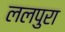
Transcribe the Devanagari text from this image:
ललपुरा